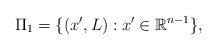
LaTeX: \begin{align*}\Pi_{1}= \{(x',L):x'\in\mathbb{R}^{n-1}\},\end{align*}